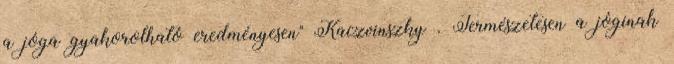
a jóga gyakorolható eredményesen" Kaczvinszky . Természetesen a jóginak